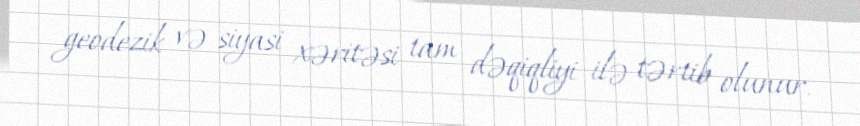
geodezik və siyasi xəritəsi tam dəqiqliyi ilə tərtib olunur.